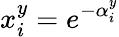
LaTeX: x_{i}^{y}=e^{-\alpha_{i}^{y}}